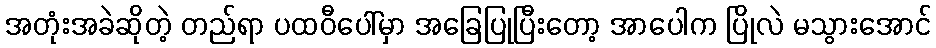
အတုံးအခဲဆိုတဲ့ တည်ရာ ပထဝီပေါ်မှာ အခြေပြုပြီးတော့ အာပေါက ပြိုလဲ မသွားအောင်